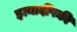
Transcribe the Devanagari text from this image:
इत्यादींपकी